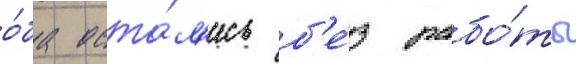
о́ба оста́л'ись б'е́з рабо́ты